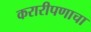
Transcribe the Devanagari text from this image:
करारीपणाचा